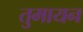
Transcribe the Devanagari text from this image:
तुमायन